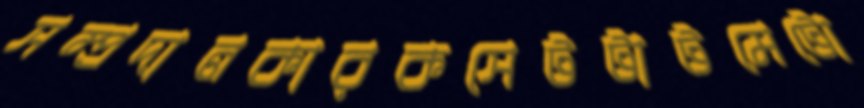
সম্প্রদানকারকসেটটাটমেটো